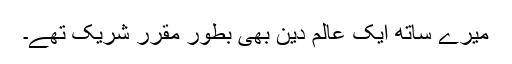
میرے ساتھ ایک عالم دین بھی بطور مقرر شریک تھے۔